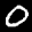
Label: 0